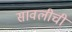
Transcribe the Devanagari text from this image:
सावलीची